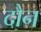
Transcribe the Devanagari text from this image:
दौन